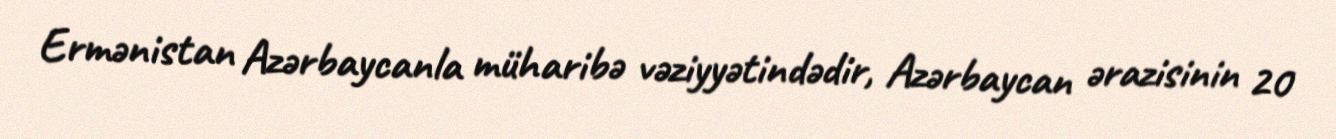
Ermənistan Azərbaycanla müharibə vəziyyətindədir, Azərbaycan ərazisinin 20